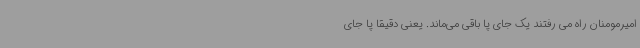
امیرمومنان راه می رفتند یک جای پا باقی می‌ماند. یعنی دقیقا پا جای